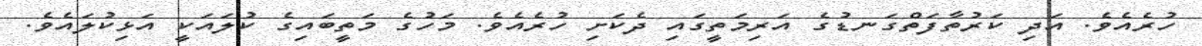
ހުރެެއެވެ. އަދި ކަރުތާފަތްގަނޑުގެ އަރިމަތީގައި ދެކަށި ހުރެއެވެ. މަހުގެ މަތީބައިގެ ކުލައަކީ އަޅިކުލައެވެ.